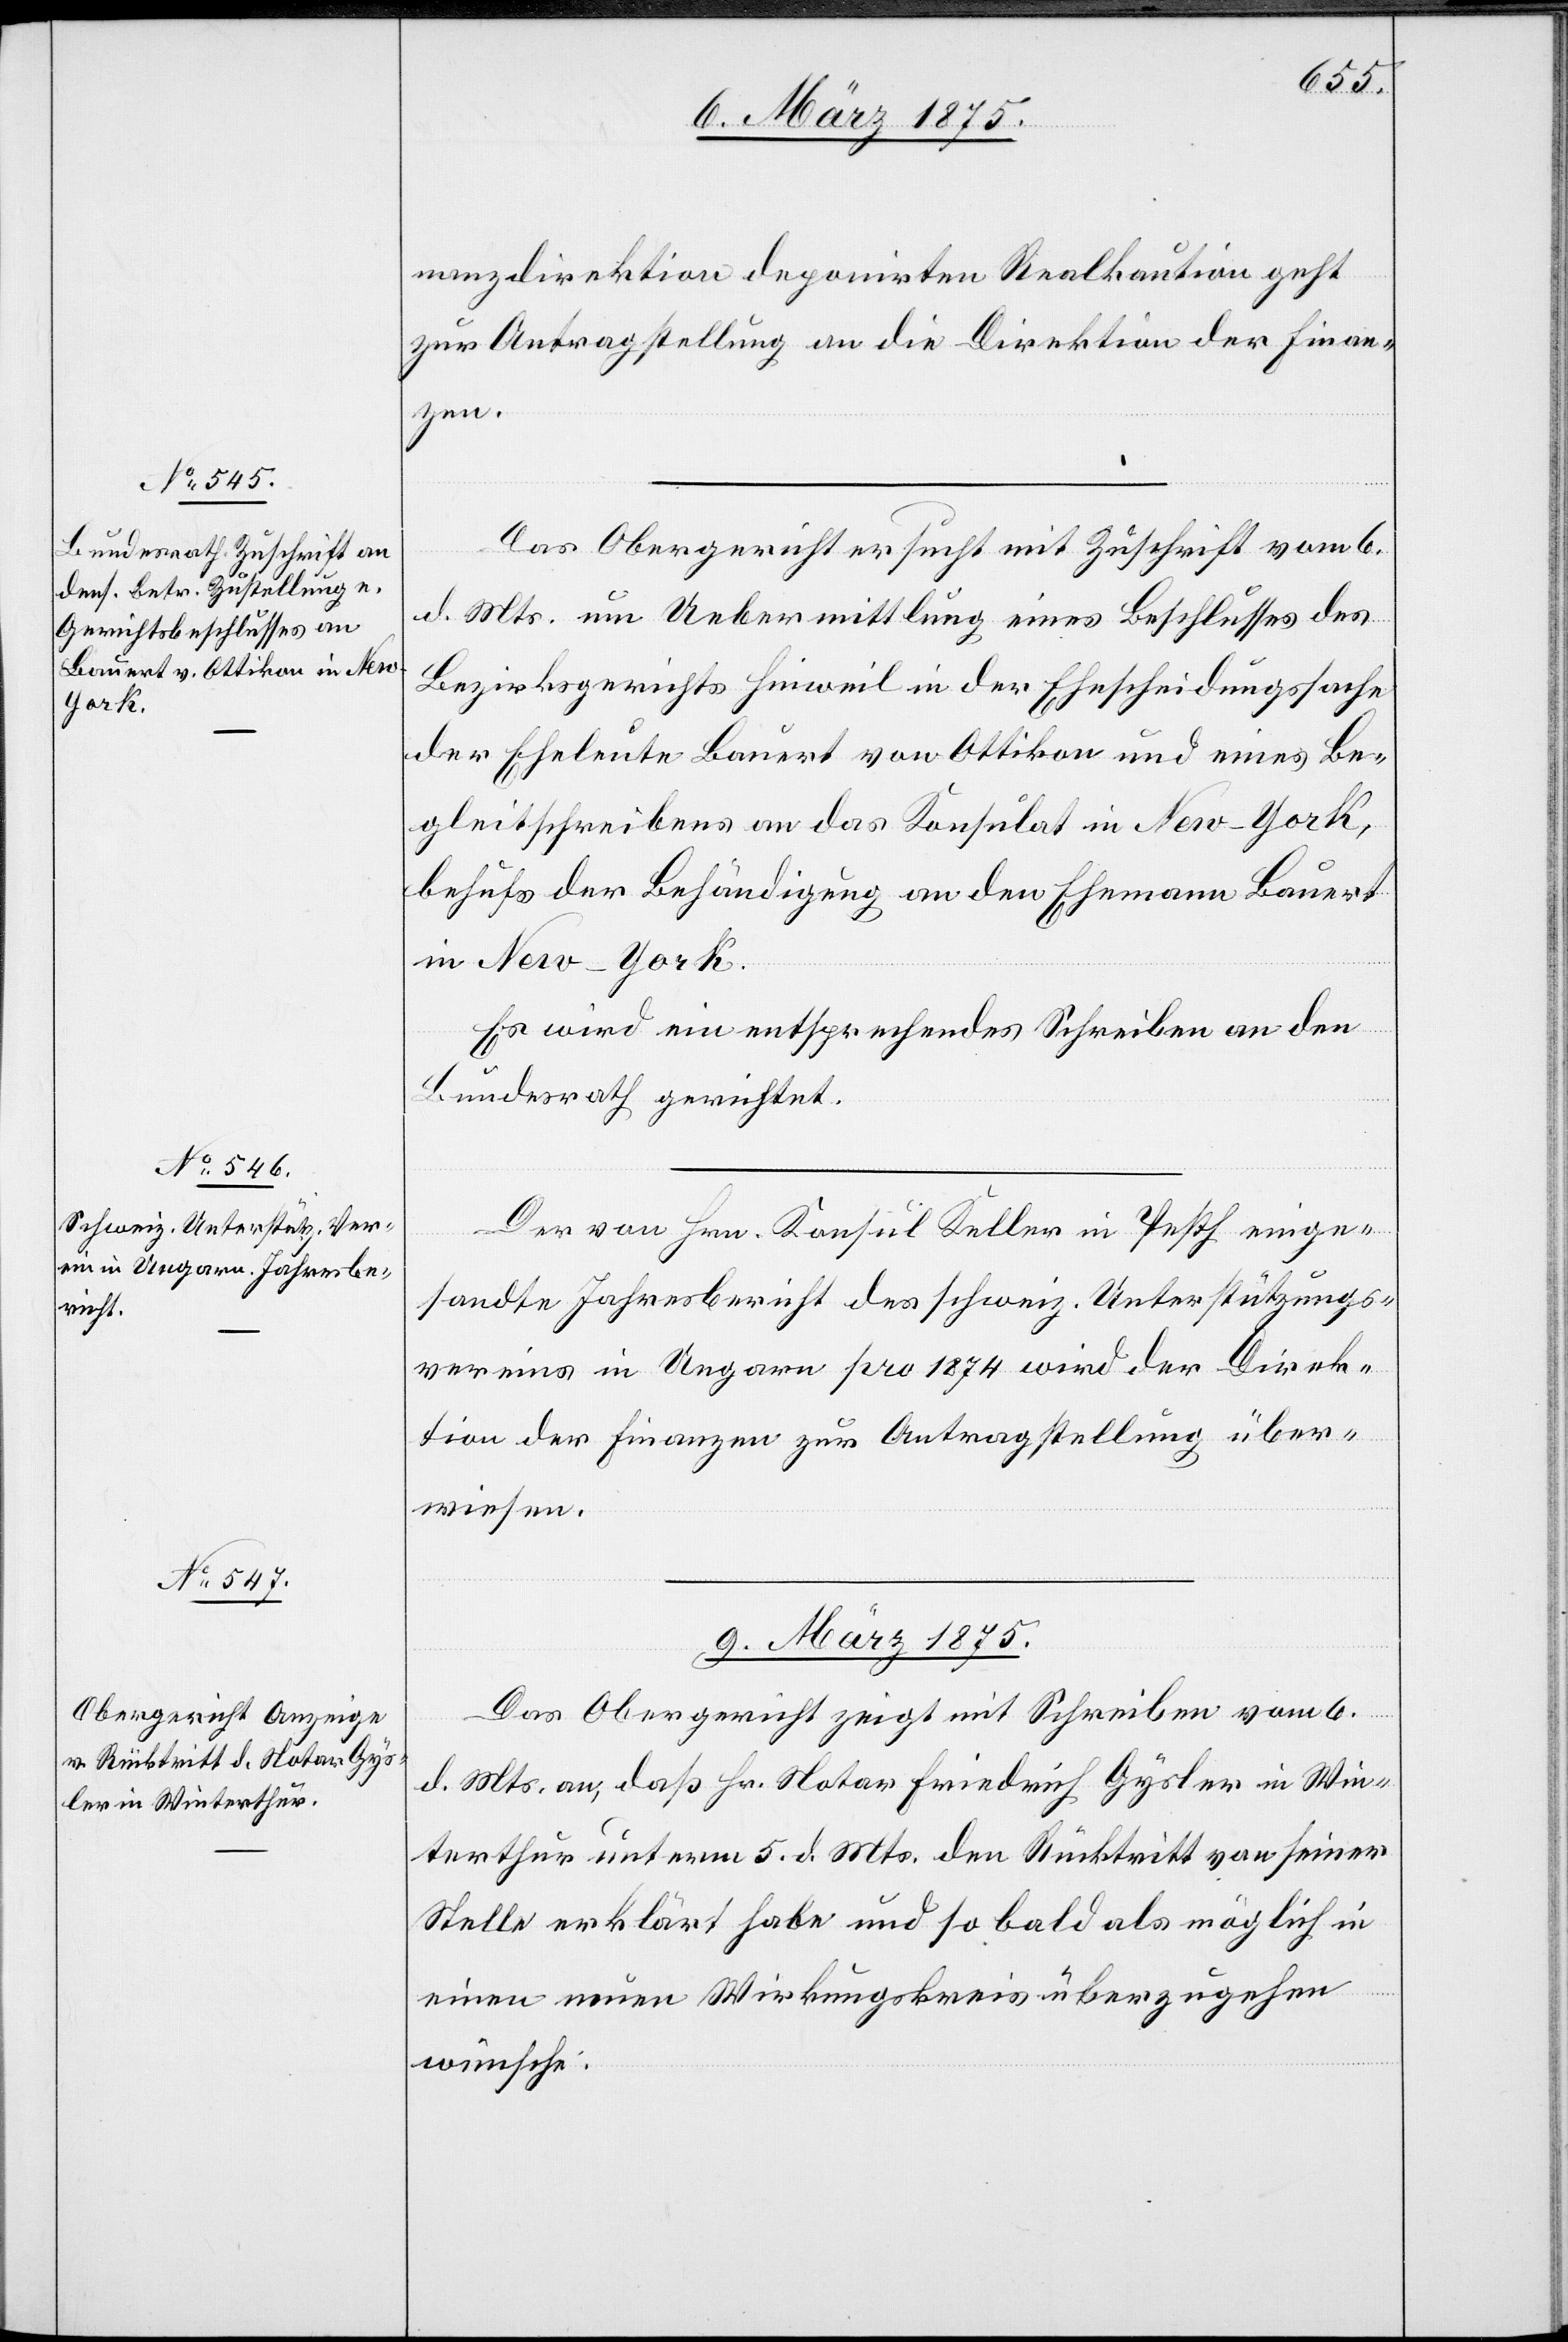
8. März 1875.]
nanzdirektion deponirten Realkaution geht
zur Antragstellung an die Direktion der Finan¬
zen.
Das Obergericht ersucht mit Zuschrift vom 6.
d. Mts. um Uebermittlung eines Beschlusses des
Bezirksgerichts Hinweil in der Ehescheidungssache
der Eheleute Bauert von Ottikon und eines Be¬
gleitschreibens an das Konsulat in New-York,
behufs der Behändigung an den Ehemann Bauert
in New-York.
Es wird ein entsprechendes Schreiben an den
Bundesrath gerichtet.
Der von Hrn. Konsul Keller in Pesth einge¬
sandte Jahresbericht des schweiz. Unterstützungs¬
vereins in Ungarn pro 1874 wird der Direk¬
tion der Finanzen zur Antragstellung über¬
wiesen.
9. März 1875.]
Das Obergericht zeigt mit Schreiben vom 6.
d. Mts. an, daß Hr. Notar Friedrich Gysler in Win¬
terthur unterm 5. d. Mts. den Rücktritt von seiner
Stelle erklärt habe und so bald als möglich und
einen neuen Wirkungskreis überzugehen
wünsche: